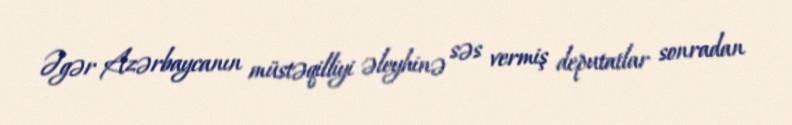
Əgər Azərbaycanın müstəqilliyi əleyhinə səs vermiş deputatlar sonradan